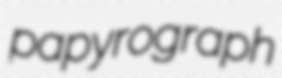
papyrograph